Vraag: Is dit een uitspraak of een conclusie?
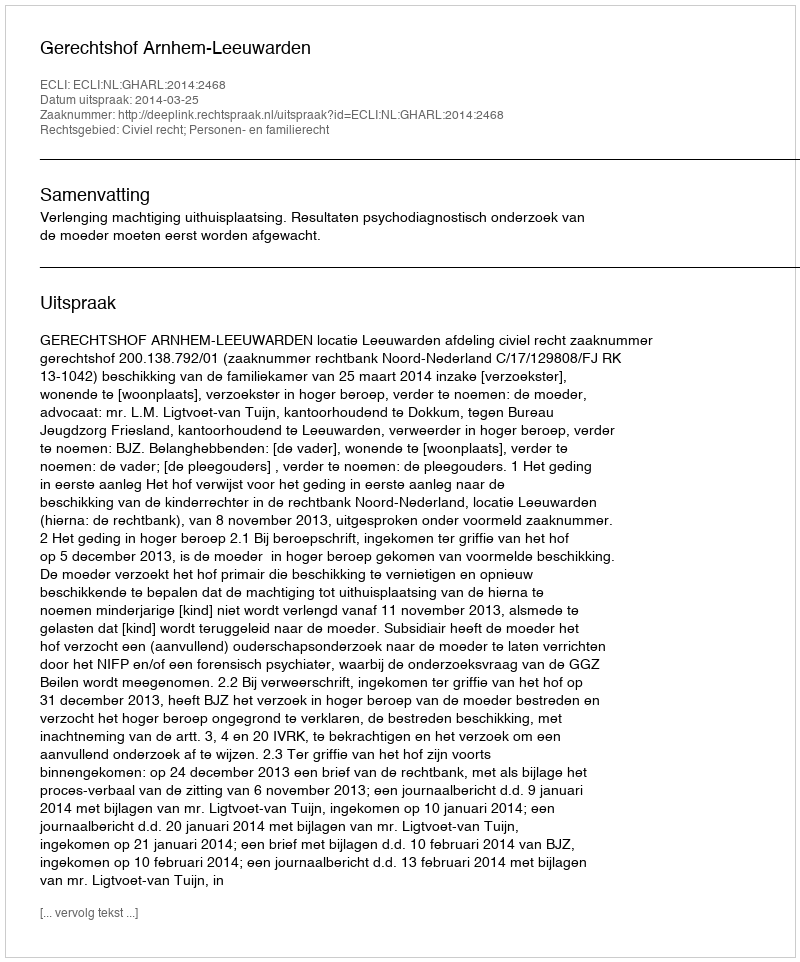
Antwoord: Uitspraak